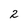
Character: 2